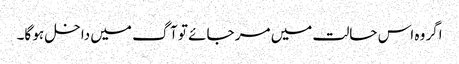
اگر وہ اس حالت میں مر جائے تو آگ میں داخل ہو گا۔